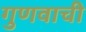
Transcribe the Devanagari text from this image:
गुणवाची